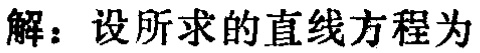
解：设所求的直线方程为